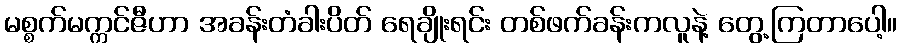
မစ္စက်မက္ကင်ဇီဟာ အခန်းတံခါးပိတ် ရေချိုးရင်း တစ်ဖက်ခန်းကလူနဲ့ တွေ့ကြတာပေါ့။